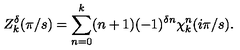
Z _ { k } ^ { \delta } ( \pi / s ) = \sum _ { n = 0 } ^ { k } ( n + 1 ) ( - 1 ) ^ { \delta n } \chi _ { k } ^ { n } ( i \pi / s ) .